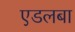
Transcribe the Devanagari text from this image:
एडलबा